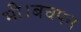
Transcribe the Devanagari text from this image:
भी।बचपन